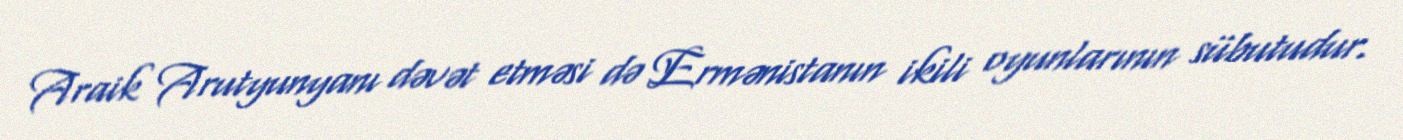
Araik Arutyunyanı dəvət etməsi də Ermənistanın ikili oyunlarının sübutudur.